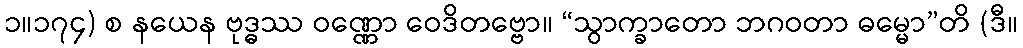
၁။၁၇၄) စ နယေန ဗုဒ္ဓဿ ဝဏ္ဏော ဝေဒိတဗ္ဗော။ “သွာက္ခာတော ဘဂဝတာ ဓမ္မော”တိ (ဒီ။